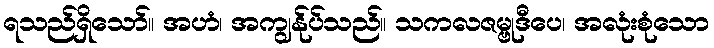
ရသည်ရှိသော်။ အဟံ၊ အကျွန်ုပ်သည်။ သကလဇမ္ဗုဒီပေ၊ အလုံးစုံသော